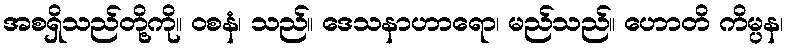
အစရှိသည်တို့ကို။ ဝစနံ၊ သည်။ ဒေသနာဟာရော၊ မည်သည်။ ဟောတိ ကိမ္ပန၊